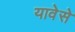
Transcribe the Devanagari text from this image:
यावेसे